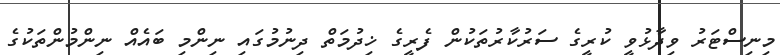
މިނިސްޓަރު ވިދާޅުވީ ކުރީގެ ސަރުކާރުތަކުން ފެރީގެ ޚިދުމަތް ދިނުމުގައި ނިންމި ބައެއް ނިންމުންތަކުގެ